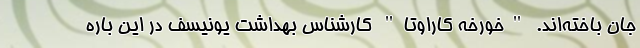
جان باخته‌اند. "خورخه کاراوتا" کارشناس بهداشت یونیسف در این باره